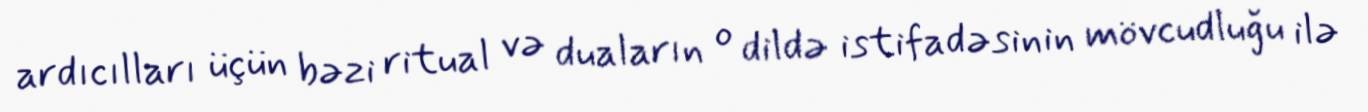
ardıcılları üçün bəzi ritual və duaların o dildə istifadəsinin mövcudluğu ilə